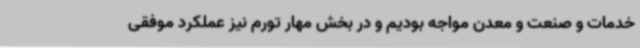
خدمات و صنعت و معدن مواجه بودیم و در بخش مهار تورم نیز عملکرد موفقی